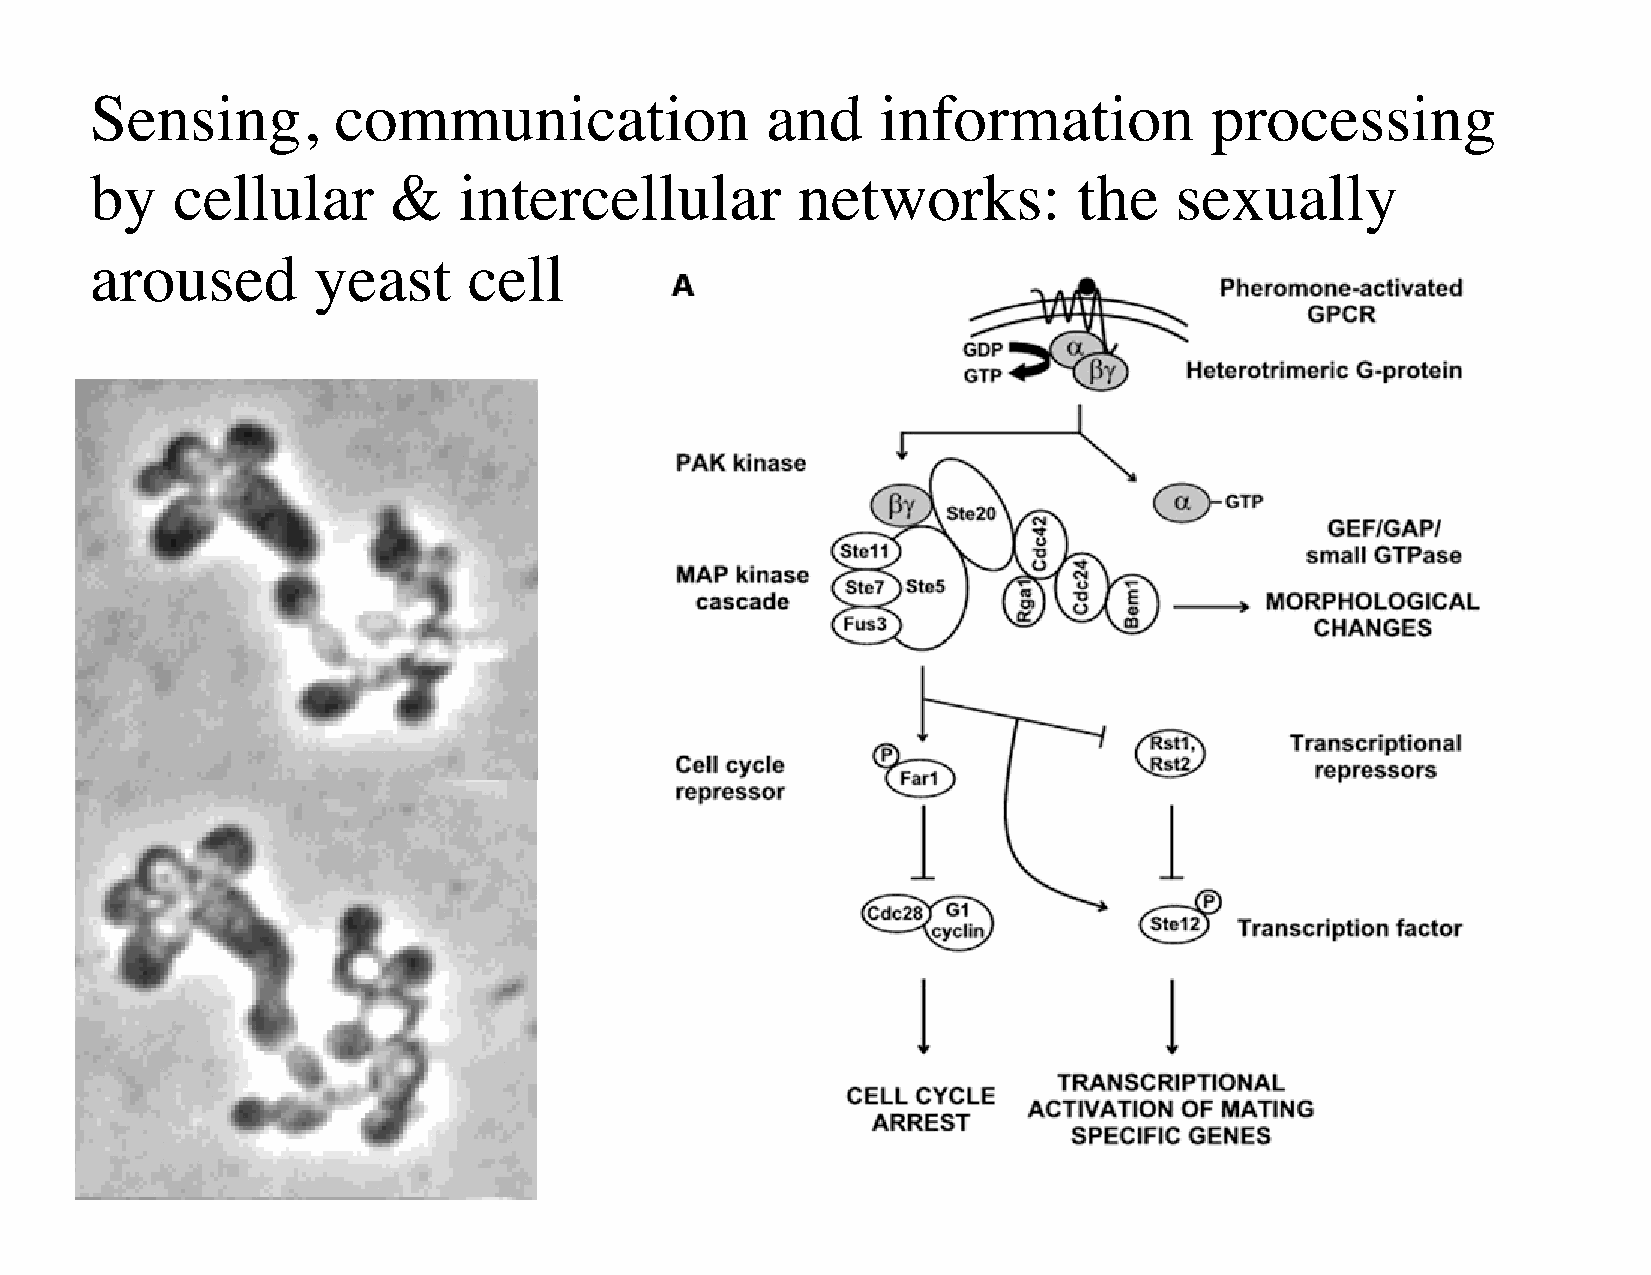
Sensing,        communication                and    information           processing
 by   cellular       &   intercellular          networks:         the    sexually
 aroused        yeast     cell